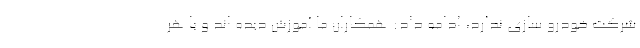
شرکت خودرو سازی ندارد، ادامه داد: همکاران ما آموزش دیده اند و با هر